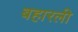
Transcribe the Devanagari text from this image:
बहारली